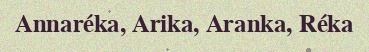
Annaréka, Arika, Aranka, Réka